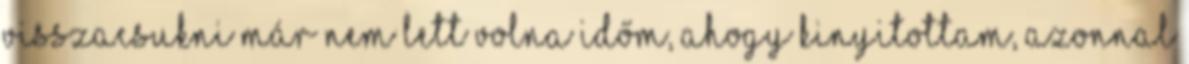
Visszacsukni már nem lett volna időm, ahogy kinyitottam, azonnal